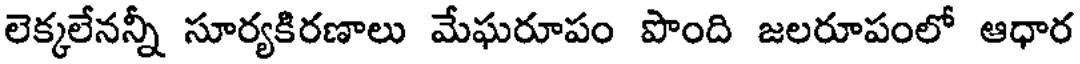
లెక్కలేనన్నీ సూర్యకిరణాలు మేఘరూపం పొంది జలరూపంలో ఆధార